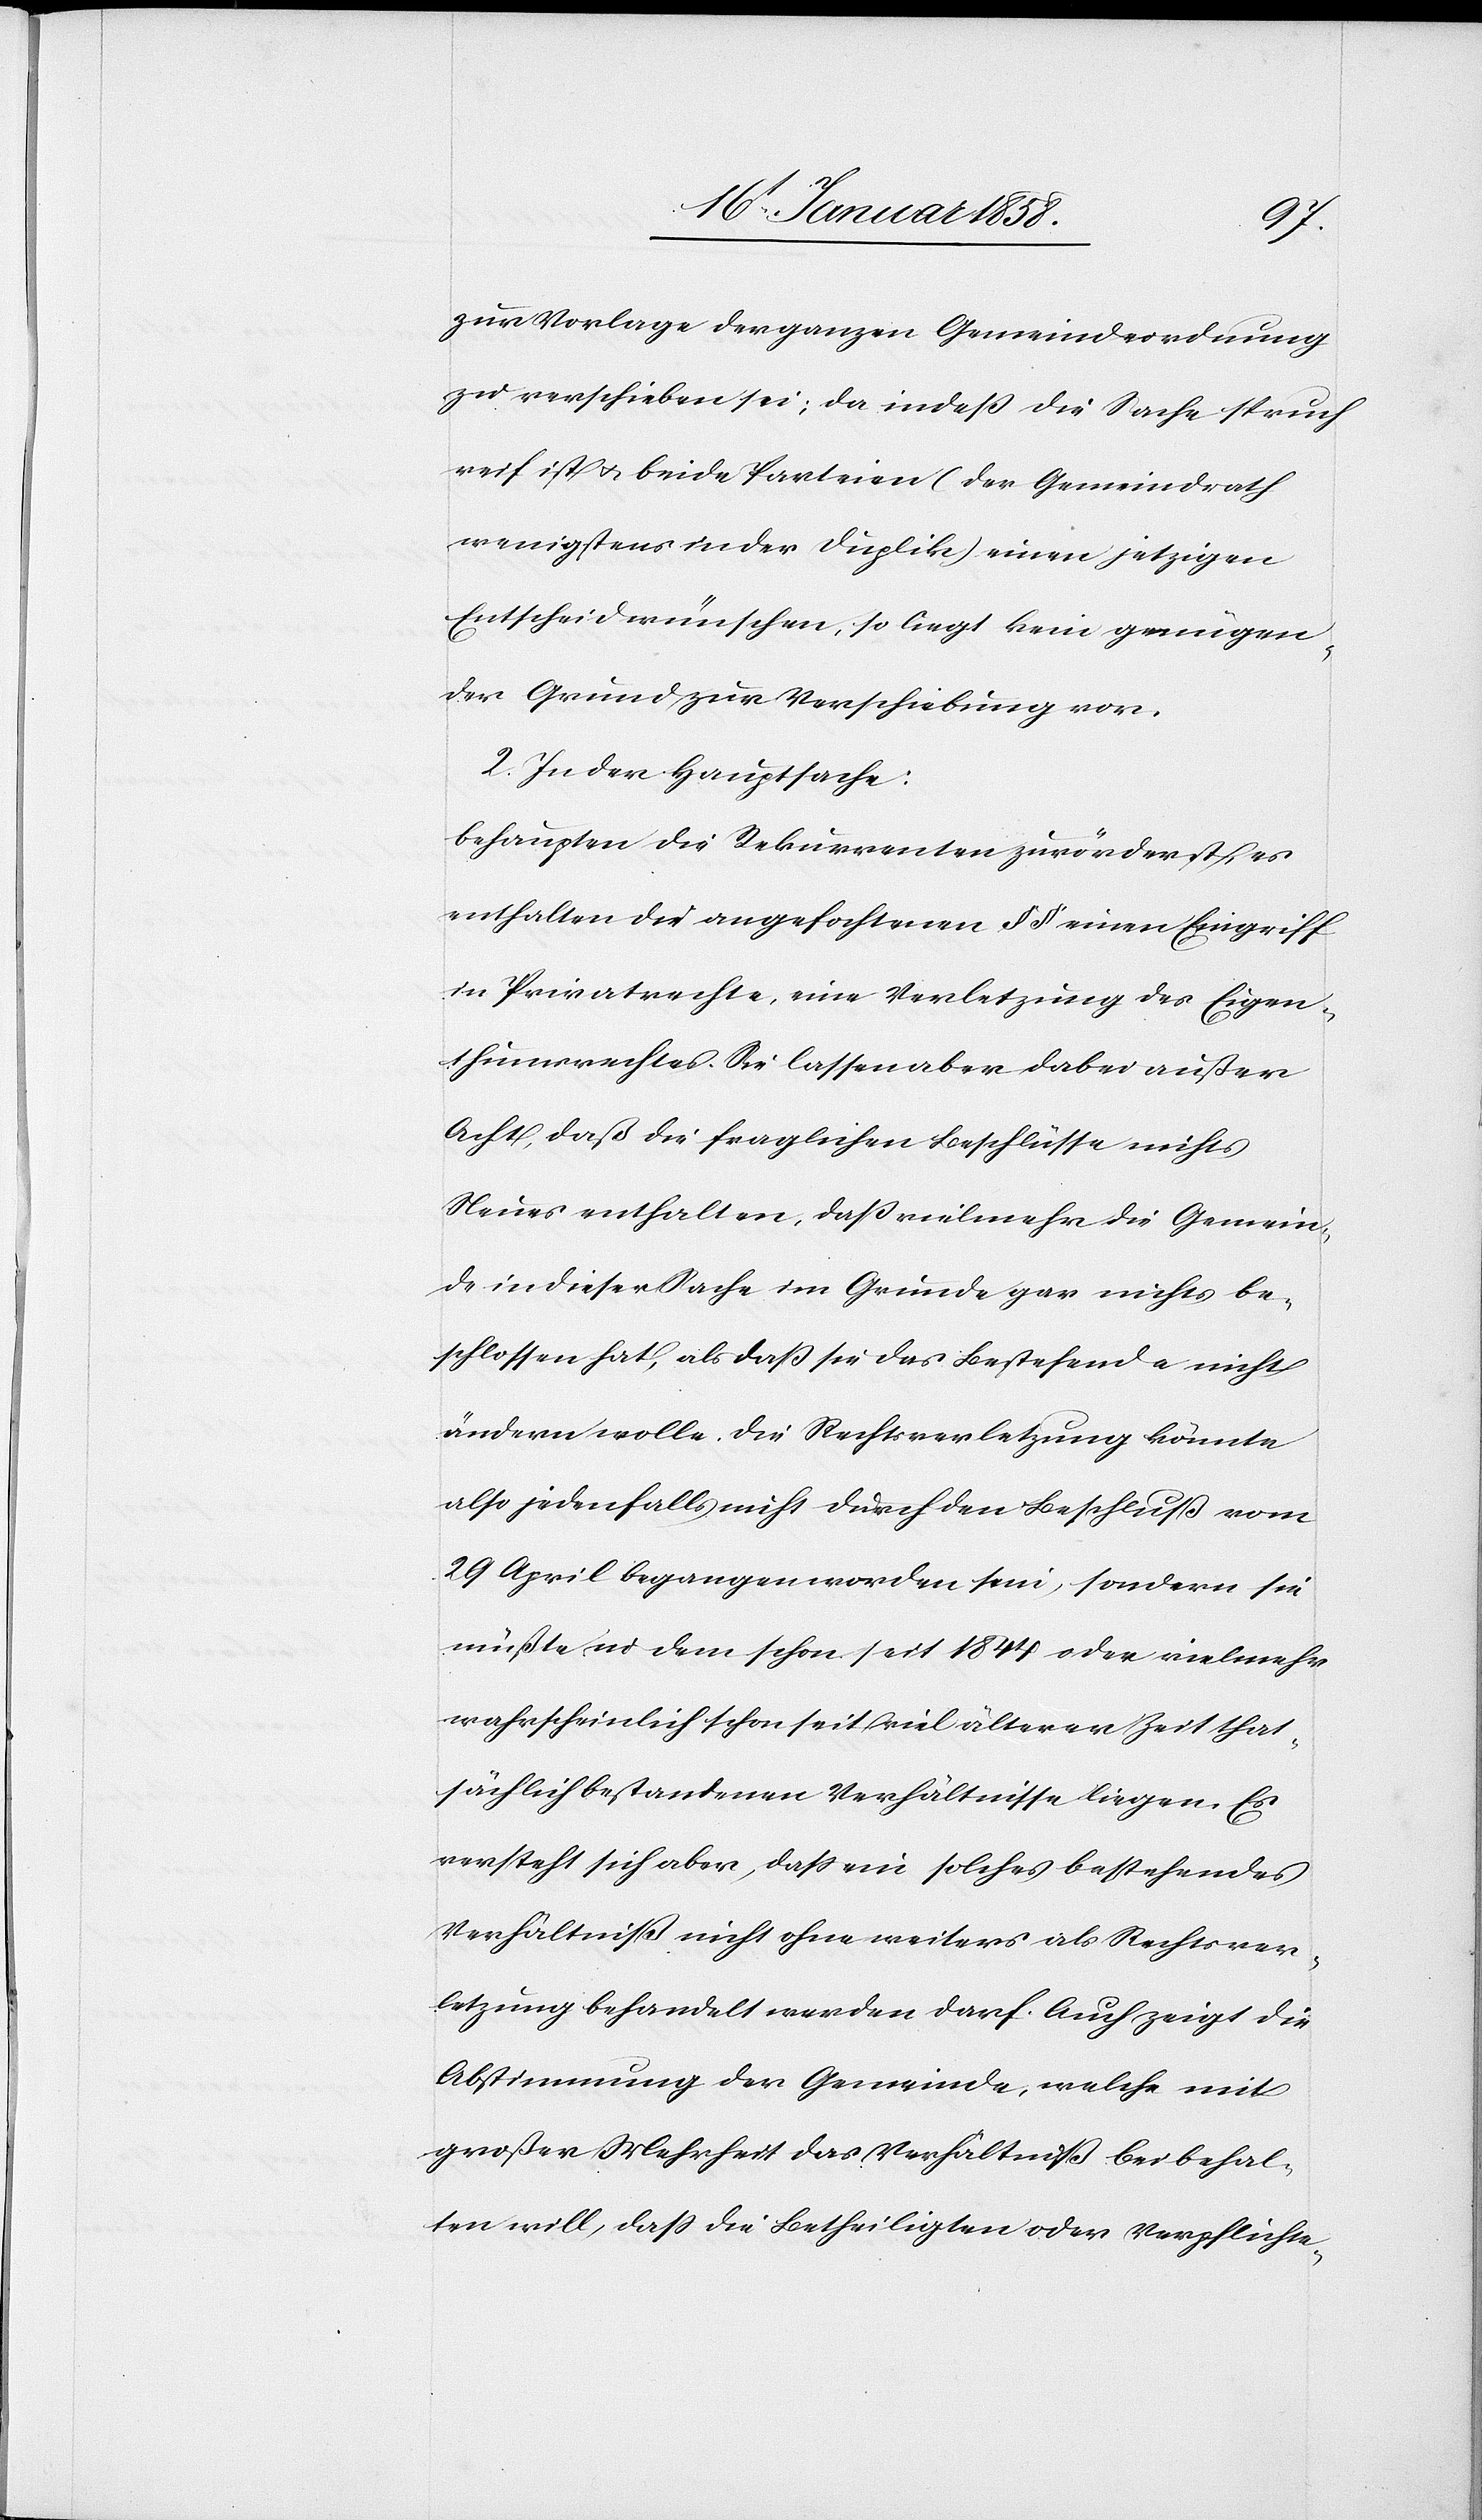
zur Vorlage der ganzen Gemeindeordnung
zu verschieben sei; da indeß die Sache spruch¬
reif ist u. beide Parteien (der Gemeindrath
wenigstens in der Duplik) einen jetzigen
Entscheid wünschen, so liegt kein genügen¬
der Grund zur Verschiebung vor.
2. In der Hauptsache:
behaupten die Rekurrenten zuvörderst, es
enthalten die angefochtenen §§ einen Eingriff
in Privatrechte, eine Verletzung des Eigen¬
thumsrechtes. Sie lassen aber dabei außer
Acht, daß die fraglichen Beschlüsse nichts
Neues enthalten, daß vielmehr die Gemein¬
de in dieser Sache im Grunde gar nichts be¬
schlossen hat, als daß sie das Bestehende nicht
ändern wolle. Die Rechtsverletzung könnte
also jedenfalls nicht durch den Beschluß vom
29 April begangen worden sein, sondern sie
müßte in dem schon seit 1844 oder vielmehr
wahrscheinlich schon seit viel älterer Zeit that¬
sächlich bestandenen Verhältnisse liegen. Es
versteht sich aber, daß ein solches bestehendes
Verhältniß nicht ohne weiters als Rechtsver¬
letzung behandelt werden darf. Auch zeigt die
Abstimmung der Gemeinde, welche mit
großer Mehrheit das Verhältniß beibehal¬
ten will, daß die Betheiligten oder Verpflichte-